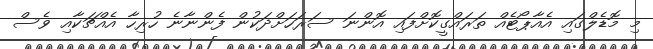
މި މޮޑެލްގައި އެއާޕޯޓެއް ތަރައްގީކޮށްފައި އޮންނަ ސަރަހަށްދަކުން ފެންނާނެ ހުރިހާ އެއްޗަކާއި ވެސް